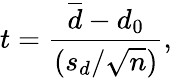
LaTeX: t={\frac{{\overline{{d}}}-d_{0}}{(s_{d}/{\sqrt{n}})}},